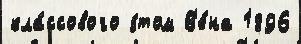
кла́ссового э́том В'е́на 1896